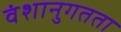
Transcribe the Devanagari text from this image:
वंशानुगतता